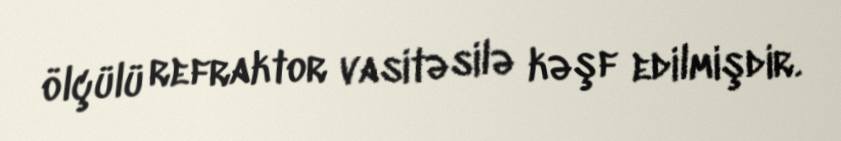
ölçülü refraktor vasitəsilə kəşf edilmişdir.